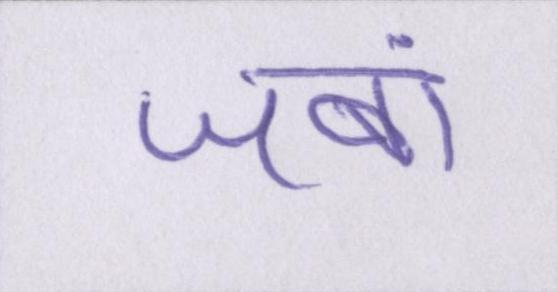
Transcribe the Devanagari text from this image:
जबां